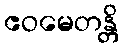
ဧဝမေတန္တိ